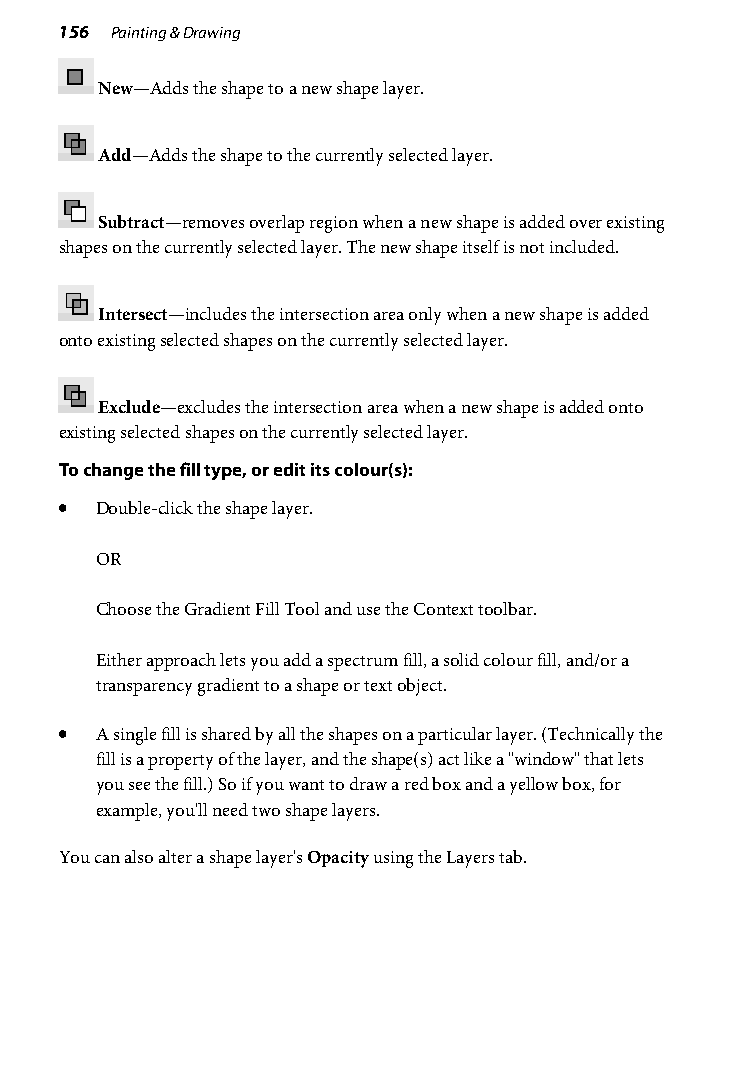
156 Painting & Drawing
 New—Adds the shape to a new shape layer.
 Add—Adds the shape to the currently selected layer.
 Subtract—removes overlap region when a new shape is added over existing
 shapes on the currently selected layer. The new shape itself is not included.
 Intersect—includes the intersection area only when a new shape is added
 onto existing selected shapes on the currently selected layer.
 Exclude—excludes the intersection area when a new shape is added onto
 existing selected shapes on the currently selected layer.
 To change the fill type, or edit its colour(s):
 • Double-click the shape layer.
 OR
 Choose the Gradient Fill Tool and use the Context toolbar.
 Either approach lets you add a spectrum fill, a solid colour fill, and/or a
 transparency gradient to a shape or text object.
 • A single fill is shared by all the shapes on a particular layer. (Technically the
 fill is a property of the layer, and the shape(s) act like a "window" that lets
 you see the fill.) So if you want to draw a red box and a yellow box, for
 example, you'll need two shape layers.
 You can also alter a shape layer's Opacity using the Layers tab.